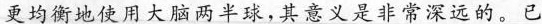
更均衡地使用大脑两半球，其意义是非常深远的已